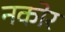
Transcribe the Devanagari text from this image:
नकोर